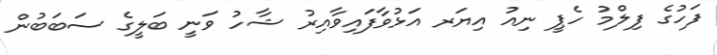
ފަހުގެ ފިލްމު ހެޕީ ނިއު އިޔަރ އަޅުވާފައިވާއިރު ޝާހު ވަނީ ބަލީގެ ސަބަބުން